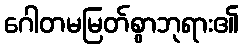
ဂေါတမမြတ်စွာဘုရား၏